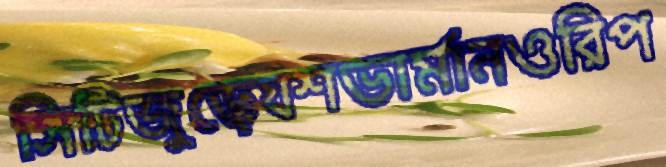
সিটিজুড়েযশভার্মানওরিপ